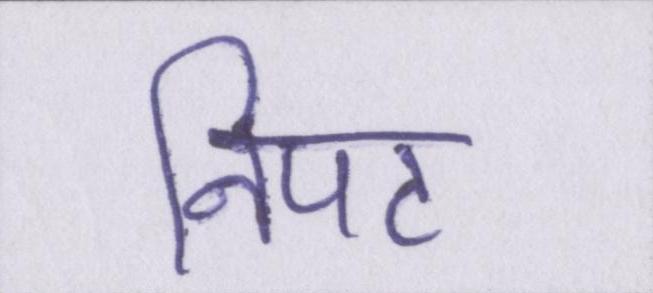
निपट